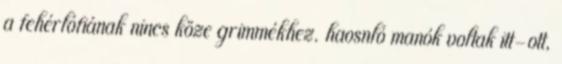
a fehérlófiának nincs köze grimmékhez. haosnló manók voltak itt-ott,